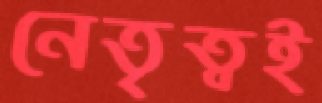
নেতৃত্বই